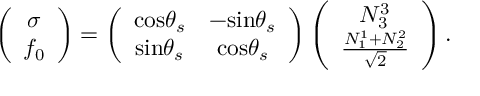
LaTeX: \left( \begin{array} { c } { { \sigma } } \\ { { f _ { 0 } } } \end{array} \right) = \left( \begin{array} { c c } { { \mathrm { c o s } \theta _ { s } } } & { { - \mathrm { s i n } \theta _ { s } } } \\ { { \mathrm { s i n } \theta _ { s } } } & { { \mathrm { c o s } \theta _ { s } } } \end{array} \right) \left( \begin{array} { c } { { N _ { 3 } ^ { 3 } } } \\ { { \frac { N _ { 1 } ^ { 1 } + N _ { 2 } ^ { 2 } } { \sqrt 2 } } } \end{array} \right) .